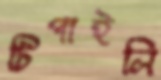
টিপাইলি